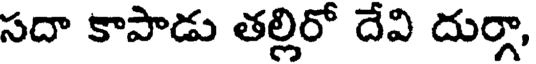
సదా కాపాడు తల్లిరో దేవి దుర్గా,